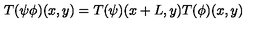
T ( \psi \phi ) ( x , y ) = T ( \psi ) ( x + L , y ) T ( \phi ) ( x , y )